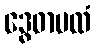
ဒွေဓာပထံ